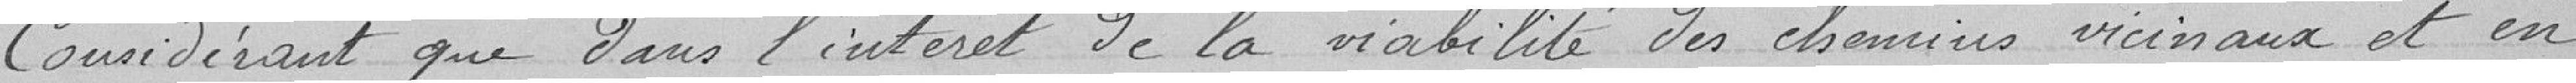
Considérant que dans l'intérêt de la viabilité des chemins vicinaux et en